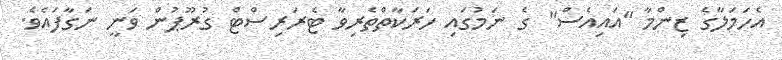
އެހަމަލާގެ ޒިންމާ "އައިއެސް" ގެ ނަމުގައި ހަރަކާތްތެރިވާ ޓެރަރިސްޓް ގުރޫޕުން ވަނީ ނަގާފައެވެ.